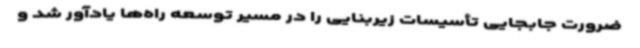
ضرورت جابجایی تأسیسات زیربنایی را در مسیر توسعه راه‌ها یادآور شد و